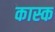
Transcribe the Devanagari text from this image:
कास्क